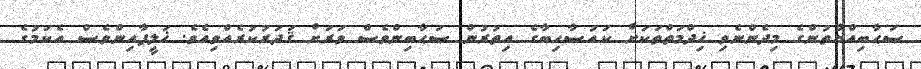
ޞަޙާބިއްޔާތުންގެ މިދެންނެވި ޚިދްމަތްތަކަށް ކައުސާހިބާގެ އިތުރުން ޞަޙާބިންވެސް ވަރަށް ޤަދަރުކުރެއްވިއެވެ. ޚަލީފާއިންވެސް އެކަމުގެ